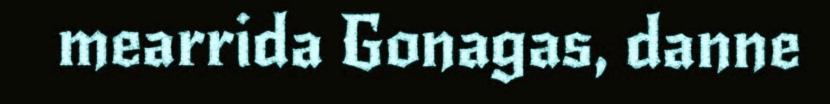
mearrida Gonagas, danne